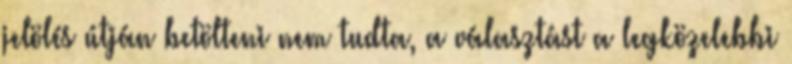
jelölés útján betölteni nem tudta, a választást a legközelebbi